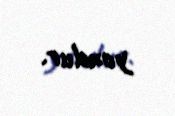
yoxdur.